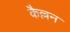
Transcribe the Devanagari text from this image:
कैल्लन